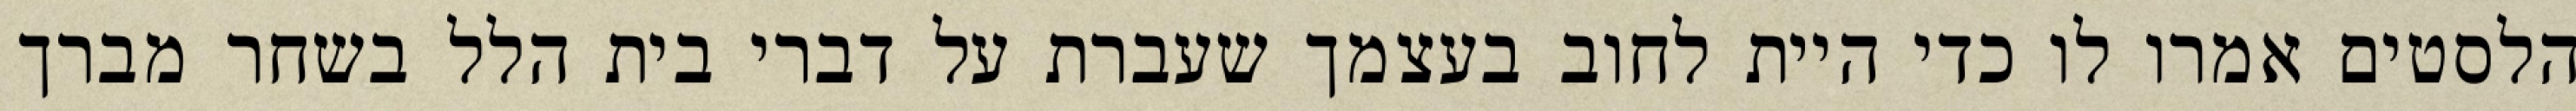
הלסטים אמרו לו כדי היית לחוב בעצמך שעברת על דברי בית הלל בשחר מברך